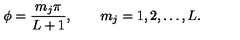
\phi = \frac { m _ { j } \pi } { L + 1 } , \qquad m _ { j } = 1 , 2 , \ldots , L .